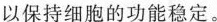
以保持细胞的功能稳定。